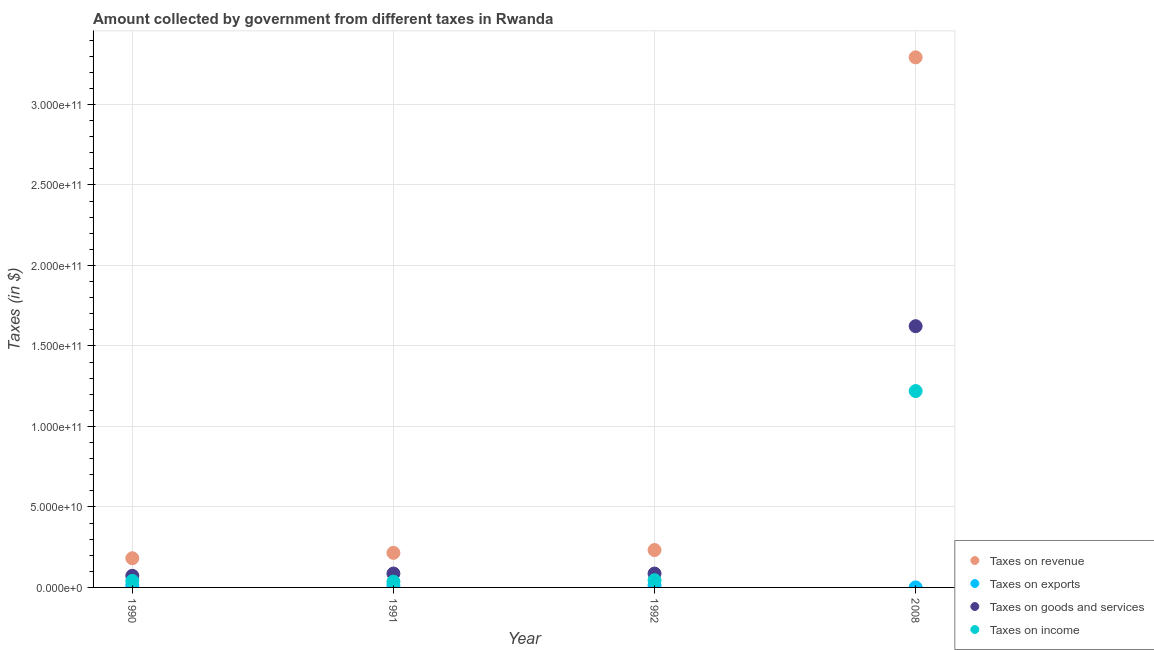
| Year | Taxes on revenue | Taxes on exports | Taxes on goods and services | Taxes on income |
 | --- | --- | --- | --- | --- |
 | 1990 | 1.81e+10 | 1.51e+09 | 7.23e+09 | 4.06e+09 |
 | 1991 | 2.15e+10 | 1.11e+09 | 8.63e+09 | 3.6e+09 |
 | 1992 | 2.32e+10 | 1.29e+09 | 8.6e+09 | 4.49e+09 |
 | 2008 | 3.29e+11 | 1.73e+07 | 1.62e+11 | 1.22e+11 |